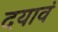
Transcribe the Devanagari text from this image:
दयावं